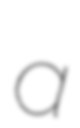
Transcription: a